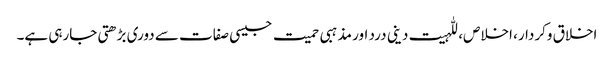
اخلاق وکردار، اخلاص، للہیت دینی درد اور مذہبی حمیت جیسی صفات سے دوری بڑھتی جارہی ہے۔